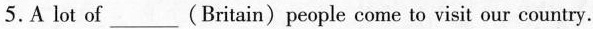
5.A lot of___( Britain) people come to visit our country.